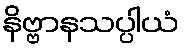
နိဗ္ဗာနသပ္ပါယံ